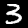
Label: 3